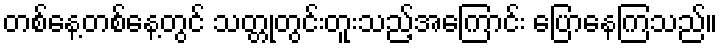
တစ်နေ့တစ်နေ့တွင် သတ္တုတွင်းတူးသည့်အကြောင်း ပြောနေကြသည်။